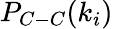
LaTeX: P_{C-C}(k_{i})